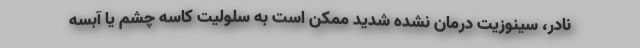
نادر، سینوزیت درمان نشده شدید ممکن است به سلولیت کاسه چشم یا آبسه